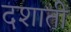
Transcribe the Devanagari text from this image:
दशाती